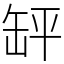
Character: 䍈